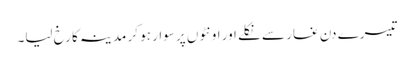
تیسرے دن غار سے نکلے اور اونٹوں پر سوار ہو کر مدینہ کا رخ لیا۔